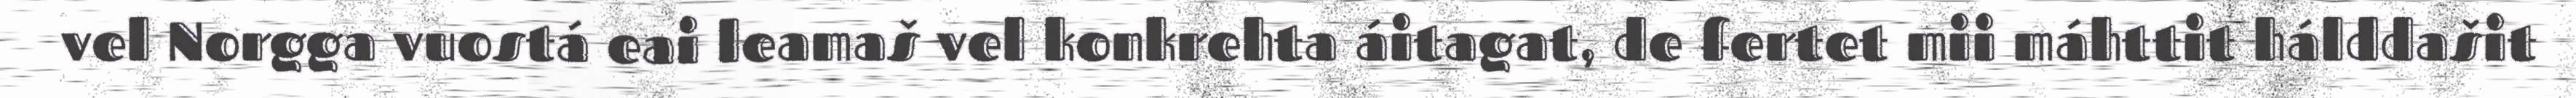
vel Norgga vuostá eai leamaš vel konkrehta áitagat, de fertet mii máhttit hálddašit